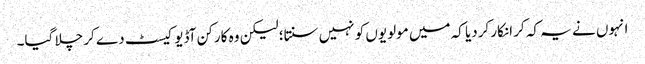
انہوں نے یہ کہ کر انکار کردیا کہ میں مولویوں کو نہیں سنتا؛ لیکن وہ کارکن آڈیو کیسٹ دے کر چلا گیا۔